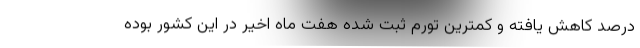
درصد کاهش یافته و کمترین تورم ثبت شده هفت ماه اخیر در این کشور بوده